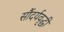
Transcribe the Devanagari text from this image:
सौंदर्यवृद्धी